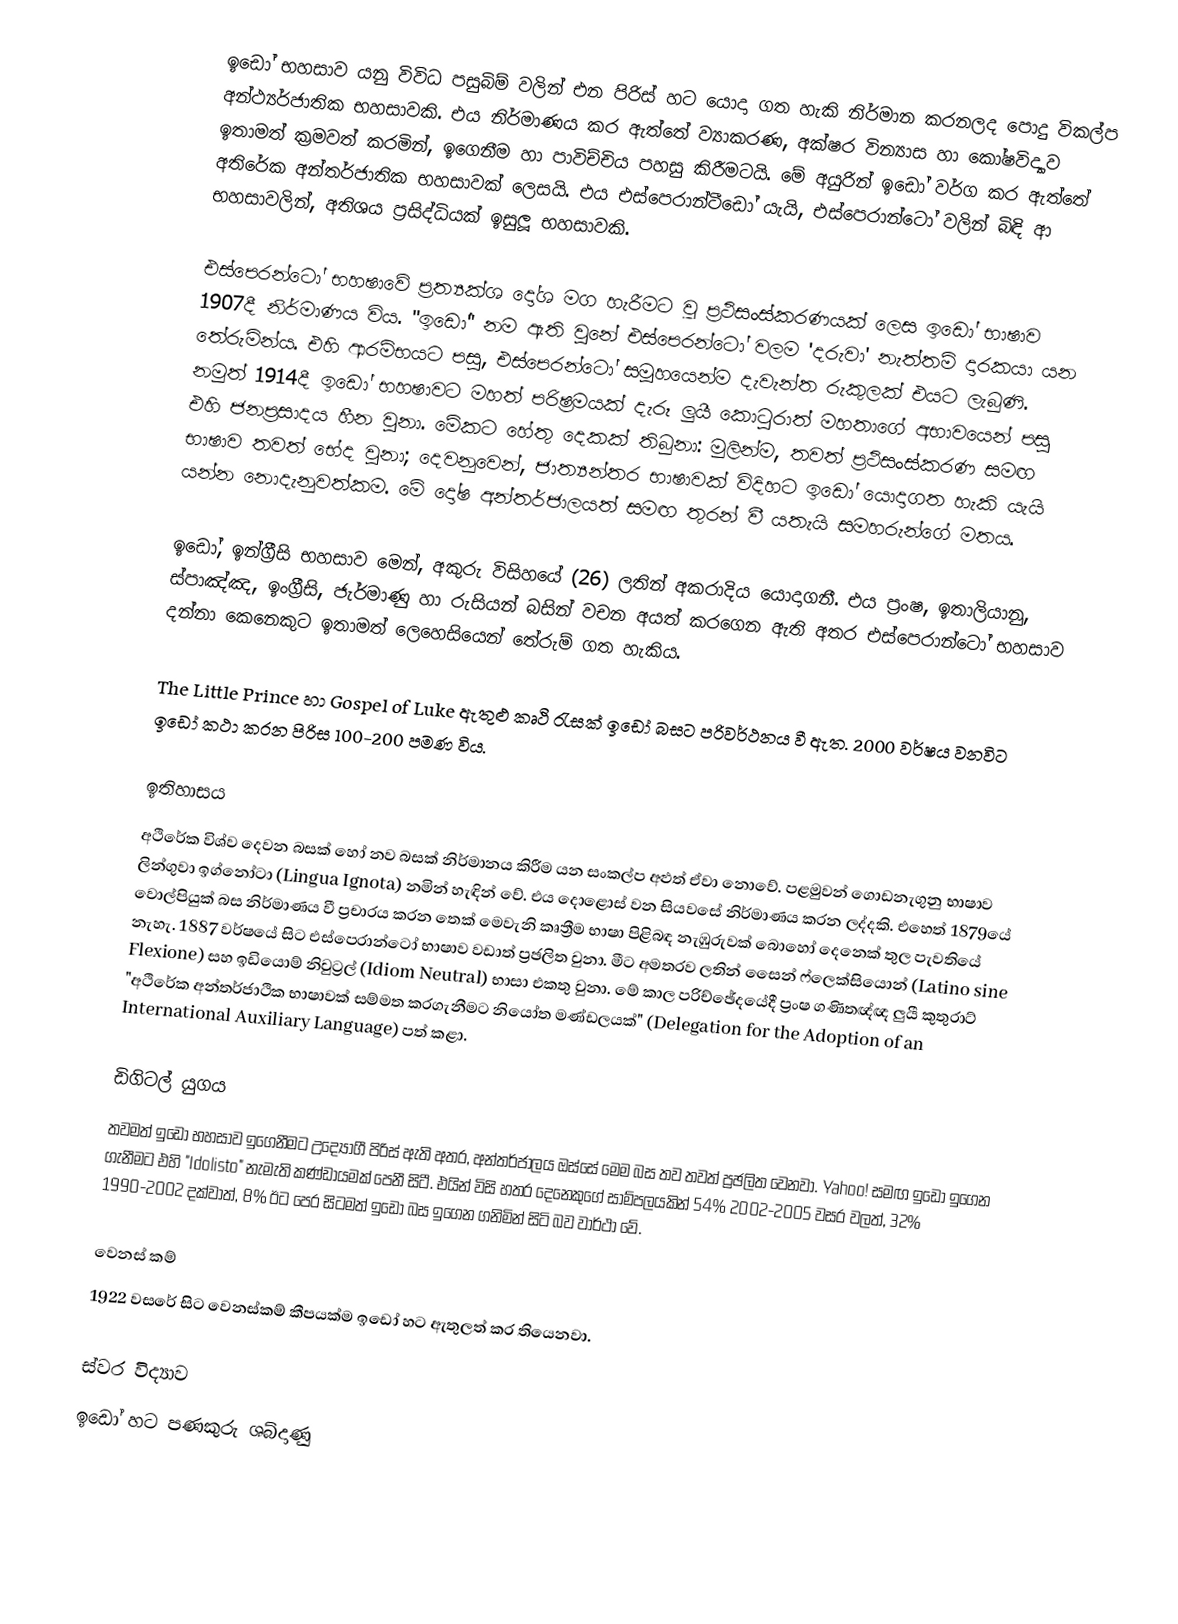
ඉඩෝ භහසාව යනු විවිධ පසුබිම් වලින් එන පිරිස් හට යොදා ගත හැකි නිර්මාන කරනලද පොදු විකල්ප අන්ථ්‍යර්ජාතික භහසාවකි. එය නිර්මාණය කර ඇත්තේ ව්‍යාකරණ, අක්ෂර වින්‍යාස හා කෝෂවිද්‍යාව ඉතාමත් ක්‍රමවත් කරමින්, ඉගෙනීම හා පාවිච්චිය පහසු කිරීමටයි. මේ අයුරින් ඉඩෝ වර්ග කර ඇත්තේ අතිරේක අන්තර්ජාතික භහසාවක් ලෙසයි. එය එස්පෙරාන්ටීඩෝ යැයි, එස්පෙරාන්ටෝ වලින් බිඳි ආ භහසාවලින්, අතිශය ප්‍රසිද්ධියක් ඉසුලූ භහසාවකි.

එස්පෙරන්ටෝ භහෂාවේ ප්‍රත්‍යක්ශ දෝශ මග හැරීමට වූ ප්‍රථිසංස්කරණයක් ලෙස ඉඩෝ භාෂාව 1907දී නිර්මාණය විය. "ඉඩෝ" නම ඇති වුනේ එස්පෙරන්ටෝ වලම 'දරුවා' නැත්තම් දාරකයා යන තේරුමින්ය. එහි ආරම්භයට පසු, එස්පෙරන්ටෝ සමූහයෙන්ම දැවැන්ත රුකුලක් එයට ලැබුණි. නමුත් 1914දී ඉඩෝ භහෂාවට මහත් පරිෂ්‍රමයක් දැරූ ලුයී කොටුරාත් මහතාගේ අභාවයෙන් පසු එහි ජනප්‍රසාදය හීන වුනා. මේකට හේතු දෙකක් තිබුනා: මුලින්ම, තවත් ප්‍රථිසංස්කරණ සමඟ භාෂාව තවත් භේද වුනා; දෙවනුවෙන්, ජාත්‍යන්තර භාෂාවක් විදිහට ඉඩෝ යොදාගත හැකි යැයි යන්න නොදැනුවත්කම. මේ දෝෂ අන්තර්ජාලයත් සමඟ තුරන් වී යතැයි සමහරුන්ගේ මතය.

ඉඩෝ, ඉන්ග්‍රීසි භහසාව මෙන්, අකුරු විසිහයේ (26) ලතින් අකරාදිය යොදාගනී. එය ප්‍රංෂ, ඉතාලියානු, ස්පාඤ්ඤ, ඉංග්‍රීසි, ජැර්මාණු හා රුසියන් බසින් වචන අයත් කරගෙන ඇති අතර එස්පෙරාන්ටෝ භහසාව දන්නා කෙනෙකුට ඉතාමත් ලෙහෙසියෙන් තේරුම් ගත හැකිය.

The Little Prince හා Gospel of Luke ඇතුළු කෘථි රැසක් ඉඩෝ බසට පරිවර්ථනය වී ඇත. 2000 වර්ෂය වනවිට ඉඩෝ කථා කරන පිරිස 100-200 පමණ විය.

ඉතිහාසය
අථිරේක විශ්ව දෙවන බසක් හෝ නව බසක් නිර්මානය කිරීම යන සංකල්ප අළුත් ඒවා නොවේ. පළමුවන් ගොඩනැගුනු භාෂාව ලින්ගුවා ඉග්නෝටා (Lingua Ignota) නමින් හැඳින් වේ. එය දොළොස් වන සියවසේ නිර්මාණය කරන ලද්දකි. එහෙත් 1879යේ වොල්පියුක් බස නිර්මාණය වී ප්‍රචාරය කරන තෙක් මෙවැනි කෘත්‍රීම භාෂා පිළිබඳ නැඹුරුවක් බොහෝ දෙනෙක් තුල පැවතියේ නැහැ. 1887 වර්ෂයේ සිට එස්පෙරාන්ටෝ භාෂාව වඩාත් ප්‍රඡලිත වුනා. මීට අමතරව ලතින් සෛන් ෆ්ලෙක්සියොන් (Latino sine Flexione) සහ ඉඩියොම් නිවුට්‍රල් (Idiom Neutral) භාසා එකතු වුනා. මේ කාල පරිච්ඡේදයේදී ප්‍රංෂ ගණිතඥ්ඥ ලුයී කුතුරාට් "අථිරේක අන්තර්ජාථික භාෂාවක් සම්මත කරගැනීමට නියෝත මණ්ඩලයක්" (Delegation for the Adoption of an International Auxiliary Language) පත් කළා.

ඩිගිටල් යුගය
තවමත් ඉඩෝ භහසාව ඉගෙනීමට උද්‍යෝගී පිරිස් ඇති අතර, අන්තර්ජාලය ඔස්සේ මෙම බස තව තවත් ප්‍රඡලිත වෙනවා. Yahoo! සමඟ ඉඩෝ ඉගෙන ගැනීමට එහි "Idolisto" නැමැති කණ්ඩායමක් පෙනී සිටී. එයින් විසි හතර දෙනෙකුගේ සාම්පලයකින් 54% 2002-2005 වසර වලත්, 32% 1990-2002 දක්වාත්, 8% ඊට පෙර සිටමත් ඉඩෝ බස ඉගෙන ගනිමින් සිටි බව වාර්ථා වේ.

වෙනස් කම්
1922 වසරේ සිට වෙනස්කම් කීපයක්ම ඉඩෝ හට ඇතුලත් කර තියෙනවා.

ස්වර විද්‍යාව
ඉඩෝ හට පණකුරු ශබ්දාණු